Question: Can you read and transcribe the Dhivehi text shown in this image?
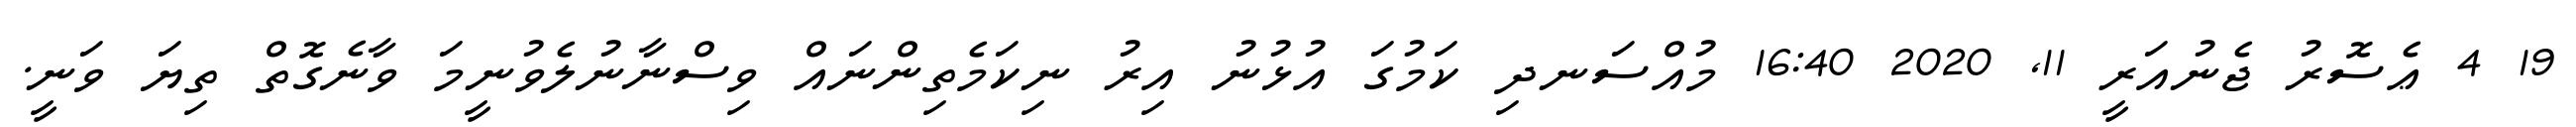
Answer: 19 4 ޢެސޮރު ޖެނުއަރީ 11, 2020 16:40 މުއްސަނދި ކަމުގަ އުޅުނު އިރު ނިކަމެތިންނައް ވިސްނާނުލެވުނީމަ ވާނެގޮތް ތިޔަ ވަނީ.